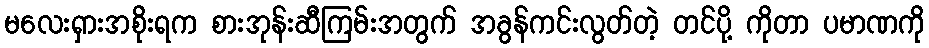
မလေးရှားအစိုးရက စားအုန်းဆီကြမ်းအတွက် အခွန်ကင်းလွတ်တဲ့ တင်ပို့ ကိုတာ ပမာဏကို